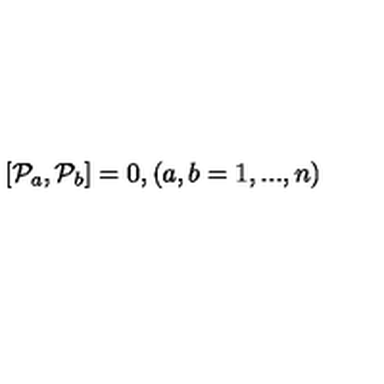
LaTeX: \left[ { { \cal P } } _ { a } , { { \cal P } } _ { b } \right] = 0 , \left( a , b = 1 , . . . , n \right)